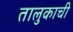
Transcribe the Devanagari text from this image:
तालुकाची